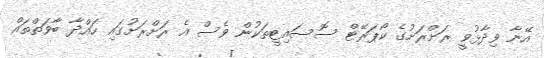
އޭނާ ވިދާޅުވީ ރަށްރަށުގެ ކޯޕަރޭޓް ސޮސައިޓީތަކުން ވެސް އެ ރަށްރަށުގައި ހައްދާ ބާވަތްތައް